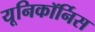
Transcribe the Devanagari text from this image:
यूनिकॉर्निस